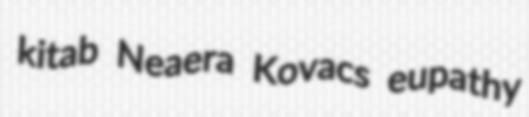
kitab Neaera Kovacs eupathy